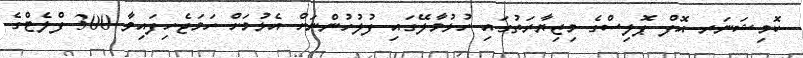
ކޮމިޝަނަރ އޮފް ޕޮލިސްގެ މިޒިޔާރަތުގައި ހުޅުމާލޭގައި ފުލުހުންނަށް އެޅުމަށް ހަމަޖެހިފައިވާ 300 ފްލެޓްގެ